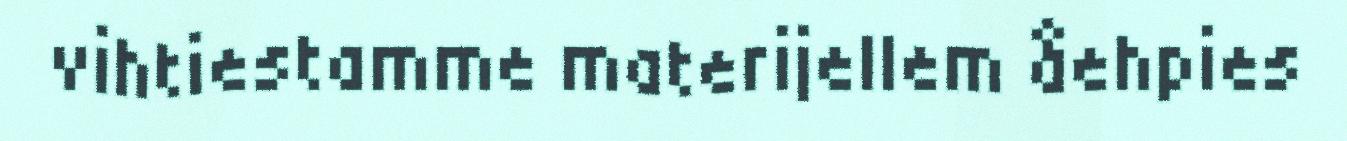
vihtiestamme materijellem åehpies